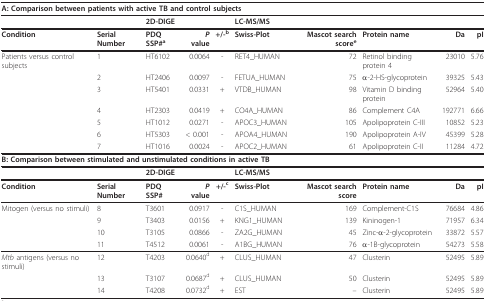
<table><thead><tr><td colspan="10"><b>A: Comparison between patients with active TB and control subjects</b></td></tr></thead><tbody><tr><td></td><td></td><td><b>2D-DIGE</b></td><td></td><td></td><td><b>LC-MS/MS</b></td><td></td><td></td><td></td><td></td></tr><tr><td><b>Condition</b></td><td><b>Serial Number</b></td><td><b>PDQ SSP#<sup>a</sup></b></td><td><b><i>P </i>value</b></td><td><b>+/-<sup>b</sup></b></td><td><b>Swiss-Plot</b></td><td><b>Mascot search score<sup>e</sup></b></td><td><b>Protein name</b></td><td><b>Da</b></td><td><b>pI</b></td></tr><tr><td>Patients versus control subjects</td><td>1</td><td>HT6102</td><td>0.0064</td><td>-</td><td>RET4_HUMAN</td><td>72</td><td>Retinol binding protein 4</td><td>23010</td><td>5.76</td></tr><tr><td></td><td>2</td><td>HT2406</td><td>0.0097</td><td>-</td><td>FETUA_HUMAN</td><td>75</td><td>α-2-HS-glycoprotein</td><td>39325</td><td>5.43</td></tr><tr><td></td><td>3</td><td>HT5401</td><td>0.0331</td><td>+</td><td>VTDB_HUMAN</td><td>98</td><td>Vitamin D binding protein</td><td>52964</td><td>5.40</td></tr><tr><td></td><td>4</td><td>HT2303</td><td>0.0419</td><td>+</td><td>CO4A_HUMAN</td><td>86</td><td>Complement C4A</td><td>192771</td><td>6.66</td></tr><tr><td></td><td>5</td><td>HT1012</td><td>0.0271</td><td>-</td><td>APOC3_HUMAN</td><td>105</td><td>Apolipoprotein C-III</td><td>10852</td><td>5.23</td></tr><tr><td></td><td>6</td><td>HT5303</td><td>&lt; 0.001</td><td>-</td><td>APOA4_HUMAN</td><td>190</td><td>Apolipoprotein A-IV</td><td>45399</td><td>5.28</td></tr><tr><td></td><td>7</td><td>HT1016</td><td>0.0024</td><td>-</td><td>APOC2_HUMAN</td><td>61</td><td>Apolipoprotein C-II</td><td>11284</td><td>4.72</td></tr><tr><td colspan="10"><b>B: Comparison between stimulated and unstimulated conditions in active TB</b></td></tr><tr><td></td><td></td><td><b>2D-DIGE</b></td><td></td><td></td><td><b>LC-MS/MS</b></td><td></td><td></td><td></td><td></td></tr><tr><td><b>Condition</b></td><td><b>Serial Number</b></td><td><b>PDQ SSP#</b></td><td><b><i>P </i>value</b></td><td><b>+/-<sup>c</sup></b></td><td><b>Swiss-Plot</b></td><td><b>Mascot search score</b></td><td><b>Protein name</b></td><td><b>Da</b></td><td><b>pI</b></td></tr><tr><td>Mitogen (versus no stimuli)</td><td>8</td><td>T3601</td><td>0.0917</td><td>-</td><td>C1S_HUMAN</td><td>169</td><td>Complement-C1S</td><td>76684</td><td>4.86</td></tr><tr><td></td><td>9</td><td>T3403</td><td>0.0156</td><td>+</td><td>KNG1_HUMAN</td><td>139</td><td>Kininogen-1</td><td>71957</td><td>6.34</td></tr><tr><td></td><td>10</td><td>T3105</td><td>0.0866</td><td>-</td><td>ZA2G_HUMAN</td><td>45</td><td>Zinc-α-2-glycoprotein</td><td>33872</td><td>5.57</td></tr><tr><td></td><td>11</td><td>T4512</td><td>0.0061</td><td>-</td><td>A1BG_HUMAN</td><td>76</td><td>α-1B-glycoprotein</td><td>54273</td><td>5.58</td></tr><tr><td><i>Mtb </i>antigens (versus no stimuli)</td><td>12</td><td>T4203</td><td>0.0640<sup>d</sup></td><td>+</td><td>CLUS_HUMAN</td><td>47</td><td>Clusterin</td><td>52495</td><td>5.89</td></tr><tr><td></td><td>13</td><td>T3107</td><td>0.0687<sup>d</sup></td><td>+</td><td>CLUS_HUMAN</td><td>50</td><td>Clusterin</td><td>52495</td><td>5.89</td></tr><tr><td></td><td>14</td><td>T4208</td><td>0.0732<sup>d</sup></td><td>+</td><td>EST</td><td>--</td><td>Clusterin</td><td>52495</td><td>5.89</td></tr></tbody></table>